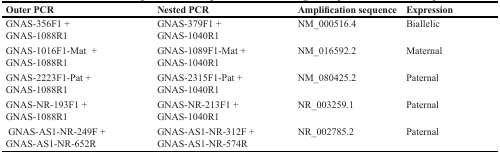
<table><thead><tr><td><b>Outer PCR</b></td><td><b>Nested PCR</b></td><td><b>Amplification sequence</b></td><td><b>Expression</b></td></tr></thead><tbody><tr><td>GNAS-356F1 +GNAS-1088R1</td><td>GNAS-379F1 +GNAS-1040R1</td><td>NM_000516.4</td><td>Biallelic</td></tr><tr><td>GNAS-1016F1-Mat +GNAS-1088R1</td><td>GNAS-1089F1-Mat +GNAS-1040R1</td><td>NM_016592.2</td><td>Maternal</td></tr><tr><td>GNAS-2223F1-Pat +GNAS-1088R1</td><td>GNAS-2315F1-Pat +GNAS-1040R1</td><td>NM_080425.2</td><td>Paternal</td></tr><tr><td>GNAS-NR-193F1 +GNAS-1088R1</td><td>GNAS-NR-213F1 +GNAS-1040R1</td><td>NR_003259.1</td><td>Paternal</td></tr><tr><td>GNAS-AS1-NR-249F +GNAS-AS1-NR-652R</td><td>GNAS-AS1-NR-312F +GNAS-AS1-NR-574R</td><td>NR_002785.2</td><td>Paternal</td></tr></tbody></table>